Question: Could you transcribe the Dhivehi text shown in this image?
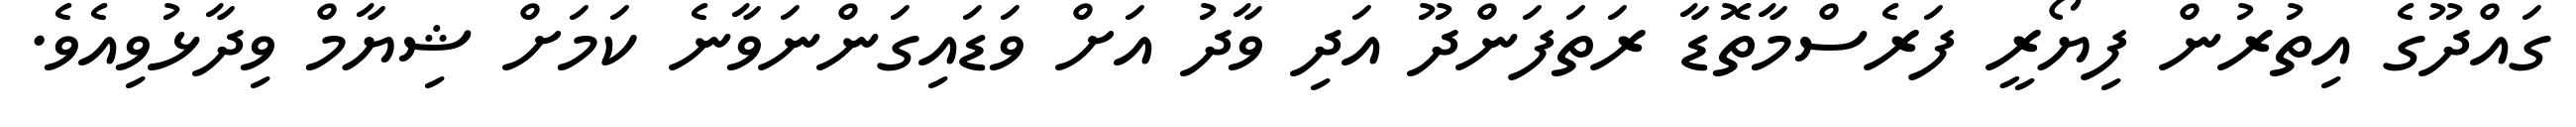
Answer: ގައްދޫގެ އިތުރުން ފިޔޯރީ ފަރެސްމާތޮޑާ ރަތަފަންދޫ އަދި ވާދު އަށް ވަޑައިގަންނަވާނެ ކަމަށް ޝިޔާމް ވިދާޅުވިއެވެ.